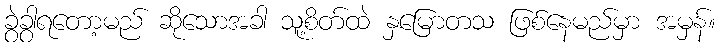
ခွဲခွာရတော့မည် ဆိုသောအခါ သူ့စိတ်ထဲ နှမြောတသ ဖြစ်နေမည်မှာ အမှန်။